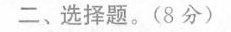
二、选择题。(8分)